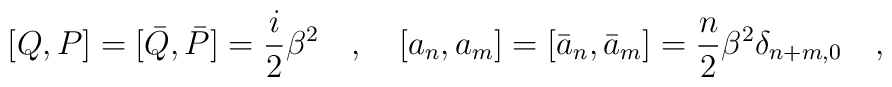
[Q,P]=[\bar Q,\bar P]=\frac {i}{2}\beta ^2 \quad , \quad [a_n,a_m]=[\bar a_n,\bar a_m]=\frac {n}{2}\beta ^2\delta _{n+m,0} \quad ,